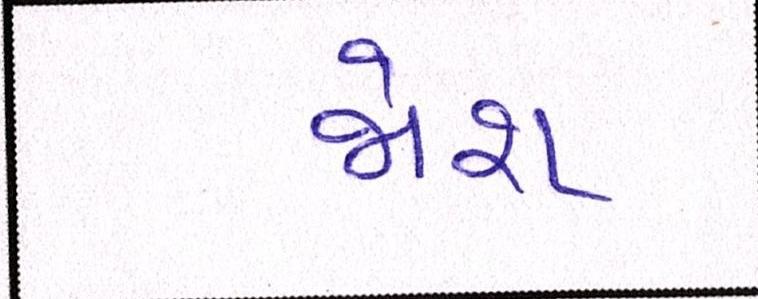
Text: જોશ